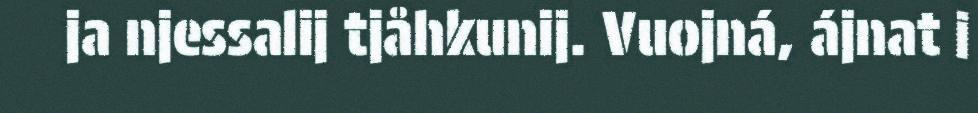
ja njessalij tjåhkunij. Vuojná, ájnat i